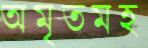
অমৃতমহ